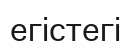
егістегі